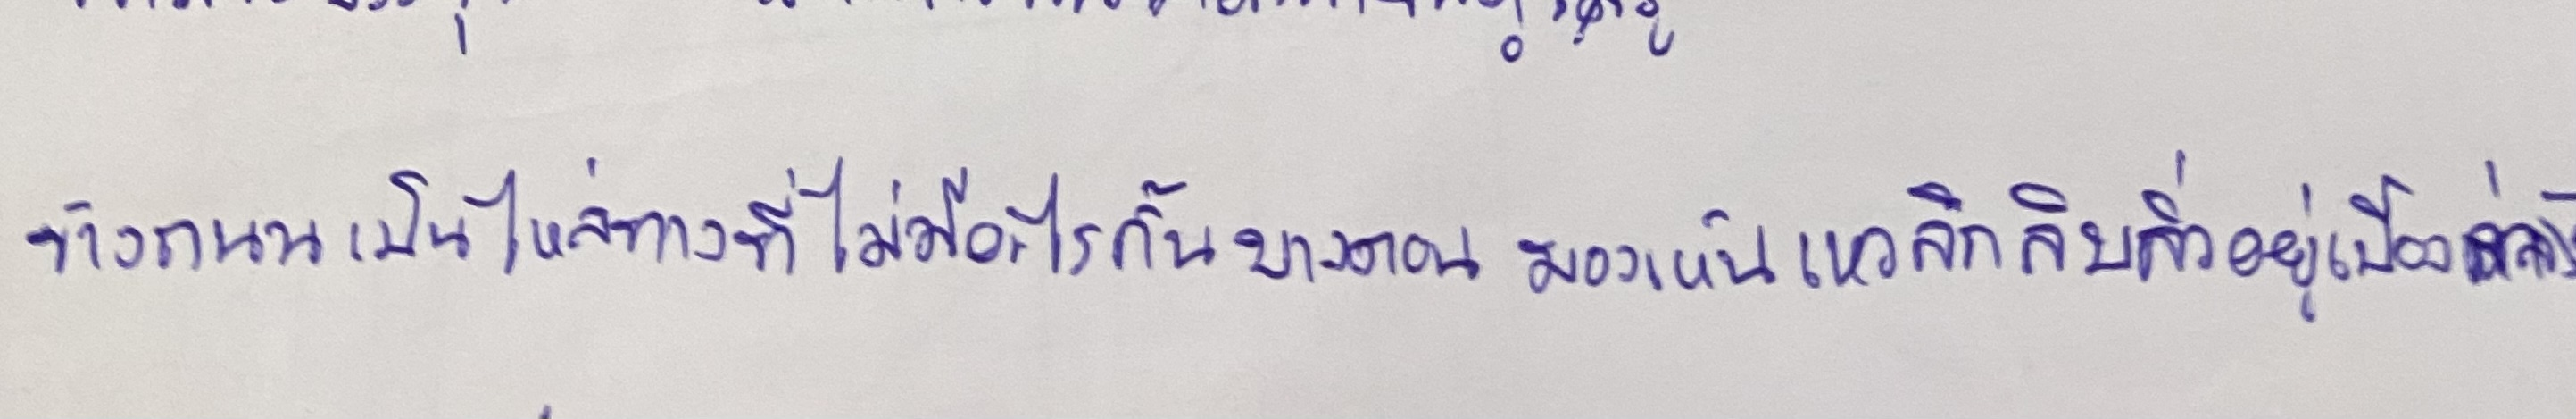
ข้างถนนเป็นไหล่ทางที่ไม่มีอะไรกั้นบางตอนมองเห็นเหวลึกลิบลิ่วอยู่เบื้องล่าง